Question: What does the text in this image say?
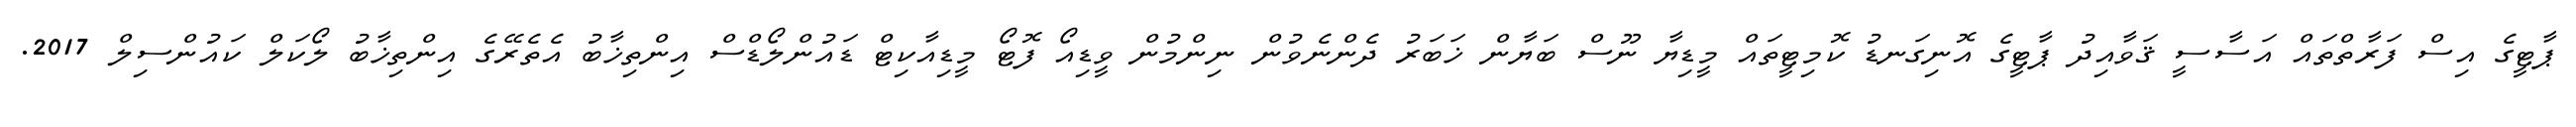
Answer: ޕާޓީގެ އިސް ފަރާތްތައް އަސާސީ ޤަވާއިދު ޕާޓީގެ އޮނިގަނޑު ކޮމިޓީތައް މީޑިޔާ ނޫސް ބަޔާން ޚަބަރު ދެންނެވުން ނިންމުން ވީޑިއޯ ފޮޓޯ މީޑިއާކިޓް ޑައުންލޯޑްސް އިންތިޚާބު އެތެރޭގެ އިންތިޚާބު ލޯކަލް ކައުންސިލް 2017.